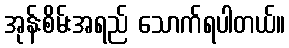
အုန်းစိမ်းအရည် သောက်ရပါတယ်။